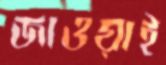
জাওয়াই